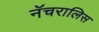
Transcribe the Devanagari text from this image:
नॅचरालिस